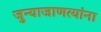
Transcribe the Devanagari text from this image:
जुन्याजाणत्यांना